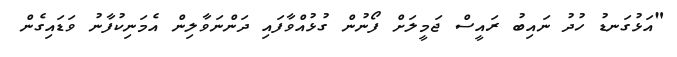
"އަޅުގަނޑު ހުދު ނައިބު ރައީސް ޖަމީލަށް ފޯނުން ގުޅުއްވާފައި ދަންނަވާލިން އެމަނިކުފާނު ވަޑައިގެން